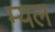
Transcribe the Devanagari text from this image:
म्यल